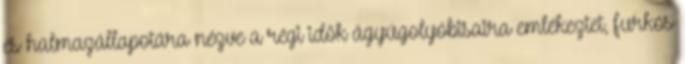
és halmazállapotára nézve a régi idők ágyúgolyóbisaira emlékeztet, furkós